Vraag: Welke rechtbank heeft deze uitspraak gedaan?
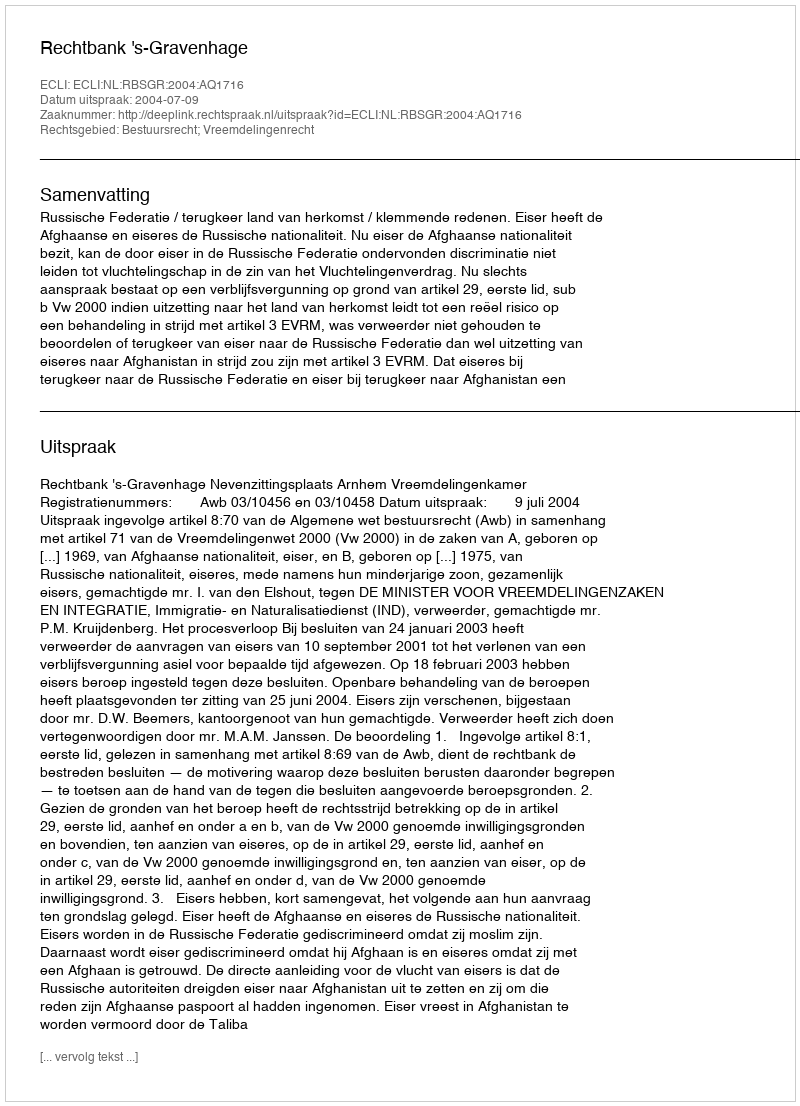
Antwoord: Rechtbank 's-Gravenhage